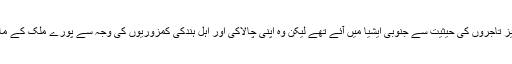
کیا یہ کہنا انگریز وں سے نفرت کی تلقین کرنا ہے کہ انگریز تاجروں کی حیثیت سے جنوبی ایشیا میں آئے تھے لیکن وہ اپنی چالاکی اور اہل ہندکی کمزوریوں کی وجہ سے پورے ملک کے مالک بن بیٹھے اور انہوں نے مسلمانوں پر ظلم اور سختی کی۔